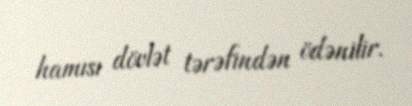
hamısı dövlət tərəfindən ödənilir.